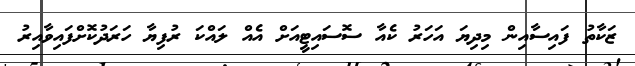
ޒަކާތު ފައިސާއިން މިދިޔަ އަހަރު ކެއާ ސޮސައިޓީއަށް އެއް ލައްކަ ރުފިޔާ ހަރަދުކޮށްފައިވާއިރު